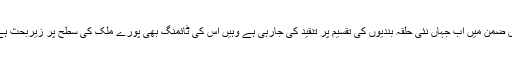
اس ضمن میں اب جہاں نئی حلقہ بندیوں کی تقسیم پر تنقید کی جارہی ہے وہیں اس کی ٹائمنگ بھی پورے ملک کی سطح پر زیربحث ہے۔